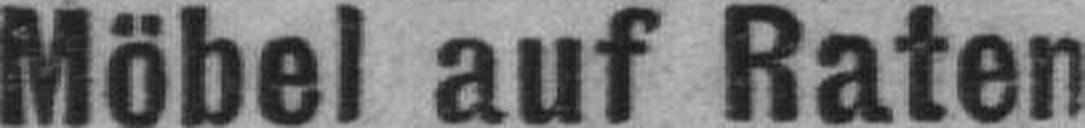
Möbel auf Raten